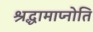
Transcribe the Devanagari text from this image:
श्रद्धामाप्नोति